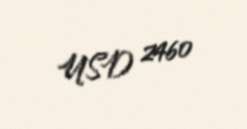
USD 2460